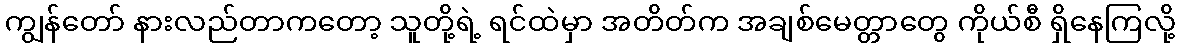
ကျွန်တော် နားလည်တာကတော့ သူတို့ရဲ့ ရင်ထဲမှာ အတိတ်က အချစ်မေတ္တာတွေ ကိုယ်စီ ရှိနေကြလို့